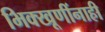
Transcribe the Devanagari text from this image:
भिक्खूणींनाही